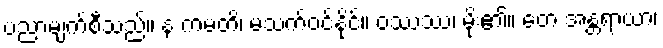
ပညာမျက်စီသည်။ န ကမတိ၊ မသက်ဝင်နိုင်။ ဝဿဿ၊ မိုး၏။ တေ အန္တရာယာ၊